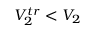
V _ { 2 } ^ { t r } < V _ { 2 }